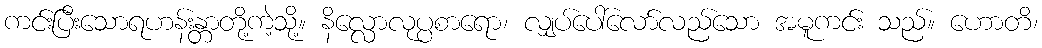
ကင်းပြီးသောရဟန်းန္တာတို့ကဲ့သို့။ နိလ္လောလုပ္ပစာရော၊ လျှပ်ပေါ်လော်လည်သော အမူကင်း သည်။ ဟောတိ၊